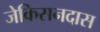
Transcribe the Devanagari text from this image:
जेकिसनदास